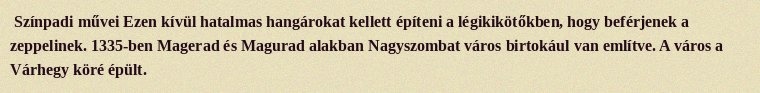
Színpadi művei Ezen kívül hatalmas hangárokat kellett építeni a légikikötőkben, hogy beférjenek a zeppelinek. 1335-ben Magerad és Magurad alakban Nagyszombat város birtokául van említve. A város a Várhegy köré épült.